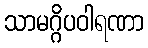
သာမဂ္ဂိပဝါရဏာ